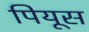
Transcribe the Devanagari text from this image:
पियूस